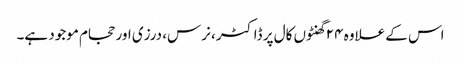
اس کے علاوہ ۲۴ گھنٹوں کال پر ڈاکٹر، نرس، درزی اور حجام موجود ہے۔